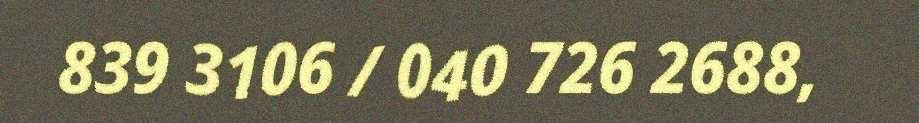
839 3106 / 040 726 2688,